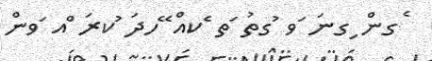
ެގން ިގނަ ަވ ުގތު ަތ ެކއް ޭހދަ ުކރަ ްއ ަވން